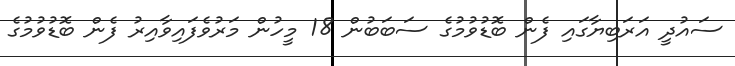
ސައުދީ އަރަބިޔާގައި ފެން ބޮޑުވުމުގެ ސަބަބުން 18 މީހުން މަރުވެފައިވާއިރު ފެން ބޮޑުވުމުގެ